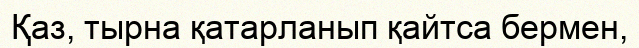
Қаз, тырна қатарланып қайтса бермен,